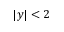
| y | < 2